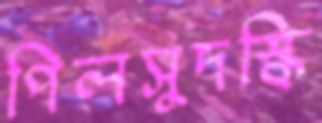
পিলসুদস্কি